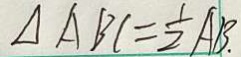
\Delta A B C = \frac { 1 } { 2 } A B \cdot